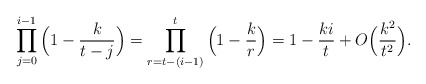
\begin{align*}\prod_{j=0}^{i-1}\Big(1-\frac{k}{t-j}\Big)=\prod_{r=t-(i-1)}^{t}\Big(1-\frac{k}{r}\Big)=1-\frac{ki}{t}+O\Big(\frac{k^2}{t^2}\Big).\end{align*}